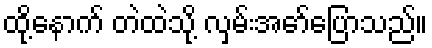
ထို့နောက် တဲထဲသို့ လှမ်းအော်ပြောသည်။